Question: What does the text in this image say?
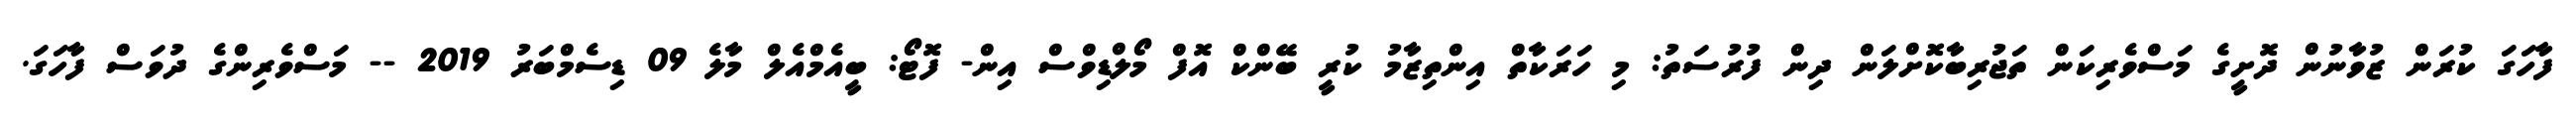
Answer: ފާހަގަ ކުރަން ޒުވާނުން ދޮށީގެ މަސްވެރިކަން ތަޖުރިބާކޮށްލަން ދިން ފުރުސަތު: މި ހަރަކާތް އިންތިޒާމު ކުރީ ބޭންކް އޮފް މޯލްޑިވްސް އިން- ފޮޓޯ: ބީއެމްއެލް މާލެ 09 ޑިސެމްބަރު 2019 -- މަސްވެރިންގެ ދުވަސް ފާހަގަ.